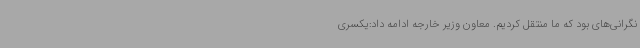
نگرانی‌های بود که ما منتقل کردیم. معاون وزیر خارجه ادامه داد:یکسری